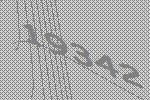
19342